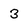
Character: 3